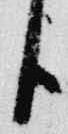
臣